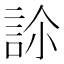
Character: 𧦜